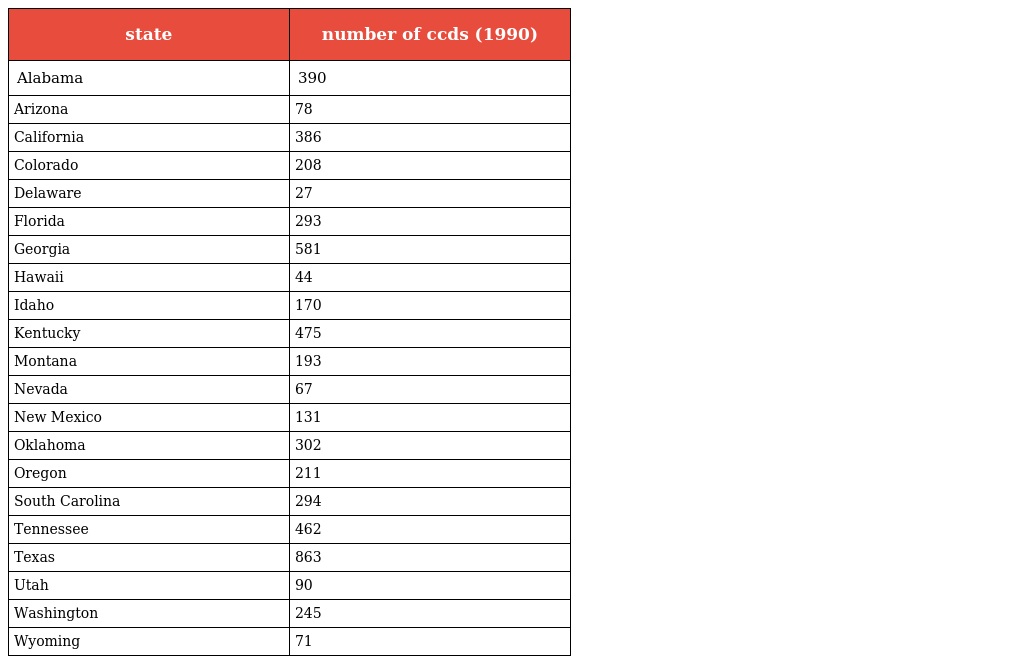
| state | number of ccds (1990) |
 | --- | --- |
 | Alabama | 390 |
 | Arizona | 78 |
 | California | 386 |
 | Colorado | 208 |
 | Delaware | 27 |
 | Florida | 293 |
 | Georgia | 581 |
 | Hawaii | 44 |
 | Idaho | 170 |
 | Kentucky | 475 |
 | Montana | 193 |
 | Nevada | 67 |
 | New Mexico | 131 |
 | Oklahoma | 302 |
 | Oregon | 211 |
 | South Carolina | 294 |
 | Tennessee | 462 |
 | Texas | 863 |
 | Utah | 90 |
 | Washington | 245 |
 | Wyoming | 71 |